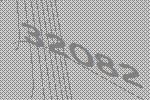
32082